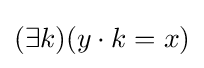
(\exists k)(y\cdot k=x)